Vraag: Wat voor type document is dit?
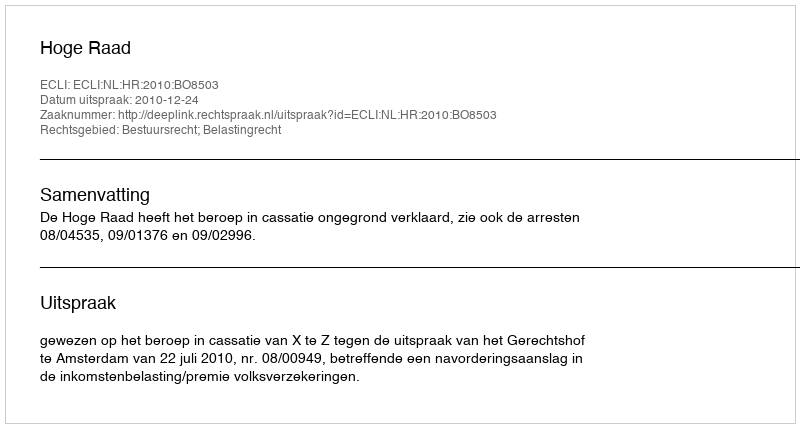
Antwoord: Uitspraak